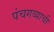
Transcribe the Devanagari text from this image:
पंचगव्याची